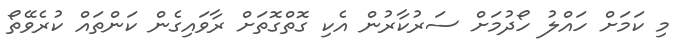
މި ކަމަށް ހައްލު ހޯދުމަށް ސަރުކާރުން އެކި ގޮތްގޮތަށް ރާވައިގެން ކަންތައް ކުރެވޭތޯ